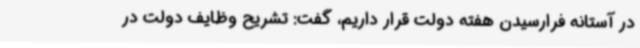
در آستانه فرارسیدن هفته دولت قرار داریم، گفت: تشریح وظایف دولت در